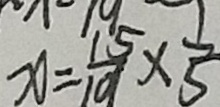
x = \frac { 1 5 } { 1 9 } \times \frac { 1 } { 5 }